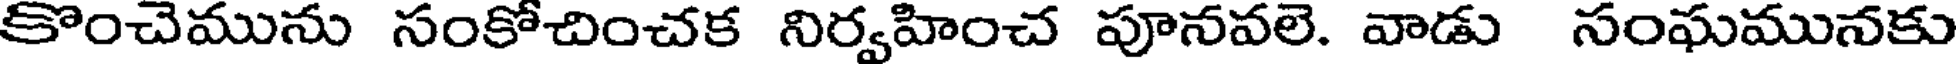
కొంచెమును సంకోచించక నిర్వహించ పూనవలె. వాడు సంఘమునకు